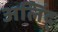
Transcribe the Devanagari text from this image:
अलिंद्